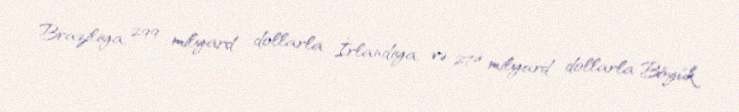
Braziliya, 299 milyard dollarla İrlandiya, və 274 milyard dollarla Böyük